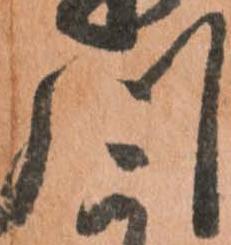
川